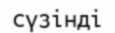
сүзінді